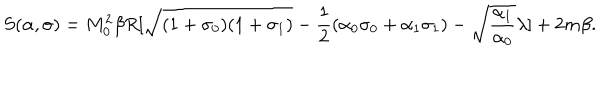
S ( \alpha , \sigma ) = M _ { 0 } ^ { 2 } \beta R [ \sqrt { ( 1 + \sigma _ { 0 } ) ( 1 + \sigma _ { 1 } ) } - \frac { 1 } { 2 } ( \alpha _ { 0 } \sigma _ { 0 } + \alpha _ { 1 } \sigma _ { 1 } ) - \sqrt { \frac { \alpha _ { 1 } } { \alpha _ { 0 } } } \lambda ] + 2 m \beta .